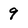
Character: 9